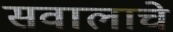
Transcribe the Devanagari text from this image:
सवालाचे